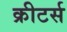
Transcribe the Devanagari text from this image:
क्रीटर्स